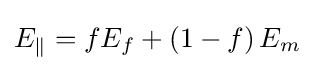
E_{\parallel }=fE_{f}+\left(1-f\right)E_{m}